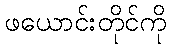
ဖယောင်းတိုင်ကို